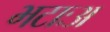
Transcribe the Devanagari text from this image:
भटाःअ